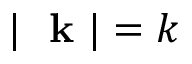
| \mathrm { ~ \bf ~ k ~ } | = k